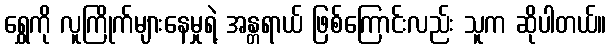
ရွှေကို လူကြိုက်များနေမှုရဲ့ အန္တရာယ် ဖြစ်ကြောင်းလည်း သူက ဆိုပါတယ်။